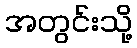
အတွင်းသို့